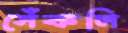
সেঁকলি